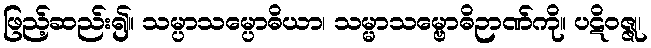
ဖြည့်ဆည်း၍။ သမ္ပာသမ္ပောဓိယာ၊ သမ္မာသမ္ဗောဓိဉာဏ်ကို။ ပဋိဝဇ္ဇု၊